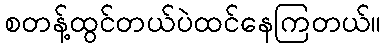
စတန့်ထွင်တယ်ပဲထင်နေကြတယ်။